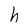
Character: h